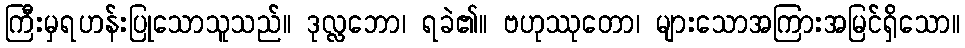
ကြီးမှရဟန်းပြုသောသူသည်။ ဒုလ္လဘော၊ ရခဲ၏။ ဗဟုဿုတော၊ များသောအကြားအမြင်ရှိသော။